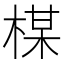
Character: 楳